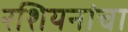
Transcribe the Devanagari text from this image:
रशियनांचा